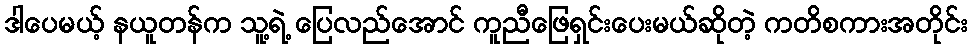
ဒါပေမယ့် နယူတန်က သူ့ရဲ့ ပြေလည်အောင် ကူညီဖြေရှင်းပေးမယ်ဆိုတဲ့ ကတိစကားအတိုင်း